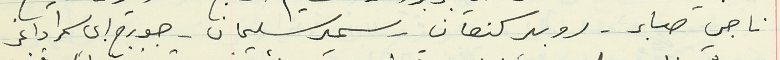
ناجي صابر - روبير كنعان - سمير سليمان - جورج ابي سمرا داغر